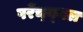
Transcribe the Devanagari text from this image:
परेंच्य्मल